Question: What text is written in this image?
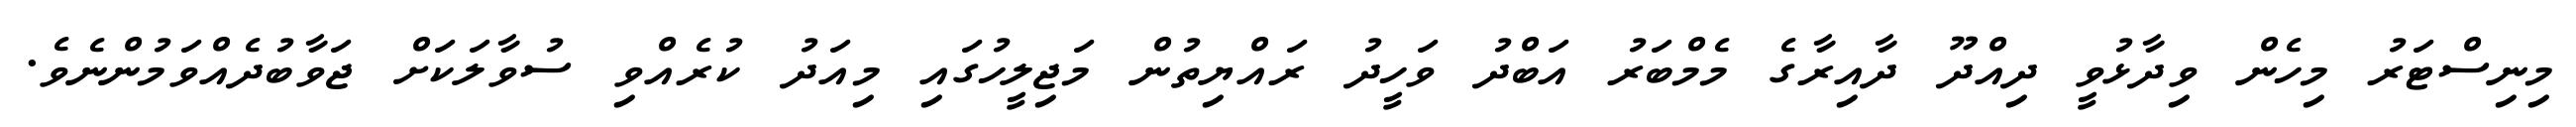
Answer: މިނިސްޓަރު މިހެން ވިދާޅުވީ ދިއްދޫ ދާއިރާގެ މެމްބަރު އަބްދު ވަހީދު ރައްޔިތުން މަޖިލީހުގައި މިއަދު ކުރެއްވި ސުވާލަކަށް ޖަވާބުދެއްވަމުންނެވެ.